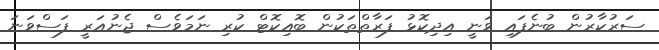
ސަރުކާރުން ބުނެފައި ވަނީ އިދިކޮޅު ފަރާތްތަކުން ބޮއިކޮޓް ކުރި ނަމަވެސް ޖެނުއަރީ ފަސްވަނަ